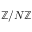
\mathbb { Z } / N \mathbb { Z }